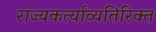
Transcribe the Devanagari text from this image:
राज्यकर्त्यांव्यतिरिक्त